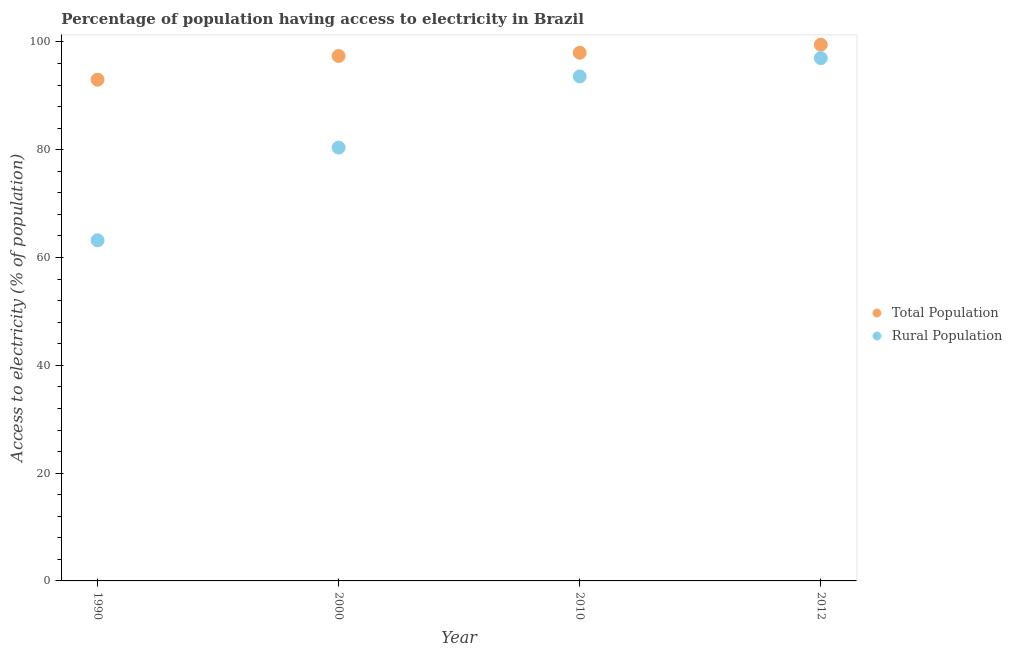
| Year | Total Population | Rural Population |
 | --- | --- | --- |
 | 1990 | 93 | 63.2 |
 | 2000 | 97.4 | 80.4 |
 | 2010 | 98 | 93.6 |
 | 2012 | 99.5 | 97 |